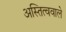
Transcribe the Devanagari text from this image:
अस्तित्ववाले